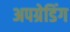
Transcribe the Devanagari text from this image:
अपग्रेडिंग